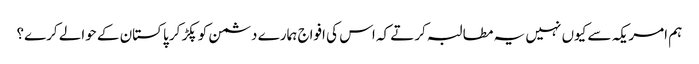
ہم امریکہ سے کیوں نہیں یہ مطالبہ کرتے کہ اس کی افواج ہمارے دشمن کو پکڑ کر پاکستان کے حوالے کرے؟